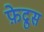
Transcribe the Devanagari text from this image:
फ़ेद्रुस